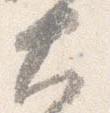
大